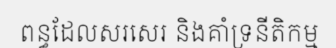
ពន្ធដែលសរសេរ និងគាំទ្រនីតិកម្ម